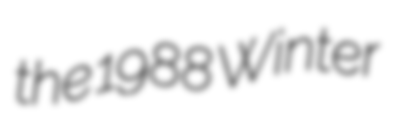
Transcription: the 1988 Winter